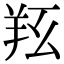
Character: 𦍝